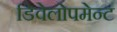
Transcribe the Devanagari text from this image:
डिवेलोपमेन्ट